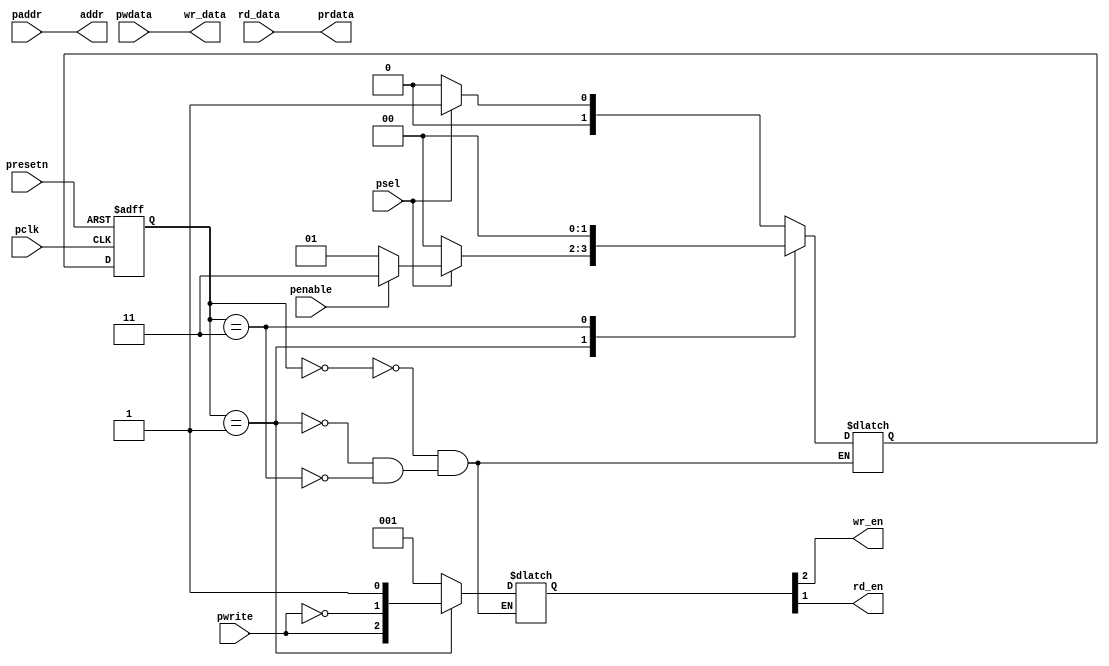
module apb_slave #(parameter DATA_WIDTH = 32, parameter ADDR_WIDTH = 32)(
    input pclk, 
    input presetn, 
    input psel, 
    input penable, 
    input pwrite, 
    input [ADDR_WIDTH -1 : 0] paddr, 
    input [DATA_WIDTH-1: 0] pwdata, 
    input [DATA_WIDTH-1:0] rd_data, 

    output [DATA_WIDTH-1:0] prdata, 
    output wr_en, rd_en,
    output [DATA_WIDTH-1:0] wr_data, 
    output [ADDR_WIDTH-1:0] addr
);


    parameter IDLE = 2'b00; 
    parameter SETUP = 2'b01; 
    parameter ACCESS = 2'b11; 

    reg [1:0] next_state, present_state; 
    reg [5:0] control; 

    always @(*) begin
        begin: NSL
            case(present_state)
                IDLE    : next_state = psel ? SETUP: IDLE; 
                SETUP   : next_state = psel ? penable ? ACCESS : SETUP : IDLE; 
                ACCESS  : next_state = IDLE; 
            endcase
        end 

        begin: OL
            case(present_state)
                IDLE    : control   = 3'b001; 
                SETUP   : control   = {pwrite, ~pwrite, 1'b1};
                ACCESS  : control   = 3'b001; 
            endcase 
        end 
    end 


    always @(posedge pclk or negedge presetn) begin 
        if(!presetn)
            present_state <= IDLE; 
        else 
            present_state <= next_state; 
    end

    assign {wr_en, rd_en, pready} = control; 
    assign prdata = rd_data; 
    assign wr_data = pwdata; 
    assign addr = paddr; 

endmodule